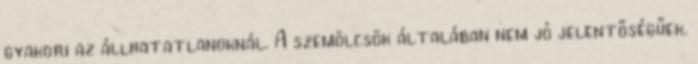
gyakori az állhatatlanoknál. A szemölcsök általában nem jó jelentőségűek.